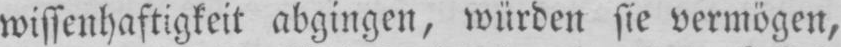
wissenhaftigkeit abgingen, würden sie vermögen,